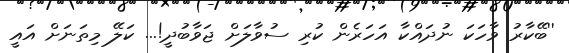
''ބޭކާރު ވާހަކަ ނުދައްކާ އަހަރެން ކުރި ސުވާލަށް ޖަވާބުދީ!... ކަލޭ މިތަނަށް އައީ